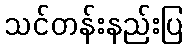
သင်တန်းနည်းပြ